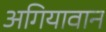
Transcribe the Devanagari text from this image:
अगियावान